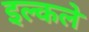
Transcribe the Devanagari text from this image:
इल्कले